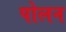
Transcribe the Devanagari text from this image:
पोलन